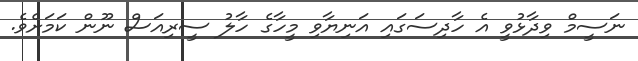
ނަސީމް ވިދާޅުވީ އެ ހާދިސަގައި އަނިޔާވި މީހާގެ ހާލު ސީރިއަސް ނޫން ކަމަށެވެ.